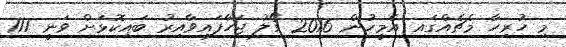
މި ހުރިހާ މެޗެއްގައ އެމީހުން 2016 ގޯލު ޖަހާފައިވާއިރު ބައިކޮޅަށް ވަނީ 117